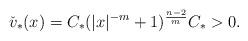
LaTeX: \begin{align*}\check v_*(x) = C_* ( |x|^{-m}+ 1)^{\frac{n-2}{m}} C_* > 0.\end{align*}